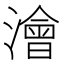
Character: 澮